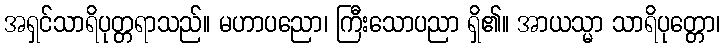
အရှင်သာရိပုတ္တရာသည်။ မဟာပညော၊ ကြီးသောပညာ ရှိ၏။ အာယသ္မာ သာရိပုတ္တော၊